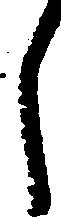
し